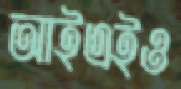
আইএইও